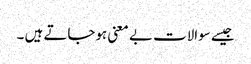
جیسے سوالات بے معنی ہوجاتے ہیں ۔